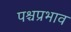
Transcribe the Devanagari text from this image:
पश्चप्रभाव